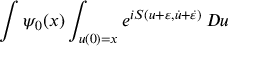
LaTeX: \int \psi _ { 0 } ( x ) \int _ { u ( 0 ) = x } e ^ { i S ( u + \varepsilon , { \dot { u } } + { \dot { \varepsilon } } ) } \, D u